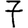
Digit: 7